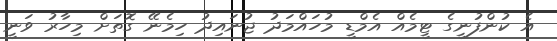
އެ ކުންފުނީގެ ޓީމެއް އެމްޑީ މުހައްމަދު ޖުނައިދު ހިމެނޭ ގޮތަށް މިހާރު ވަނީ